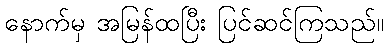
နောက်မှ အမြန်ထပြီး ပြင်ဆင်ကြသည်။